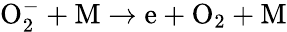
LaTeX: \mathrm{O_{2}^{-}+M\to e+O_{2}+M}